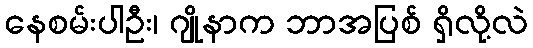
နေစမ်းပါဦး၊ ဂျိုနာက ဘာအပြစ် ရှိလို့လဲ